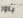
باور